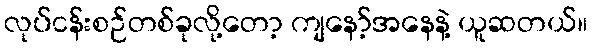
လုပ်ငန်းစဉ်တစ်ခုလို့တော့ ကျနော့်အနေနဲ့ ယူဆတယ်။